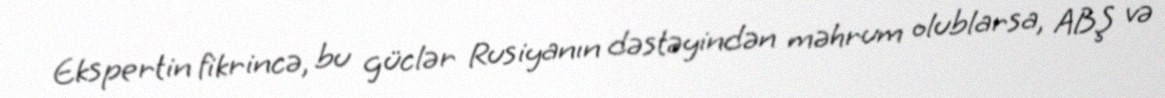
Ekspertin fikrincə, bu güclər Rusiyanın dəstəyindən məhrum olublarsa, ABŞ və